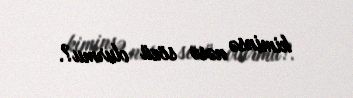
kiminsə nəsə sözü olurmu?.